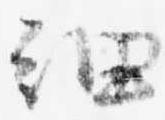
細